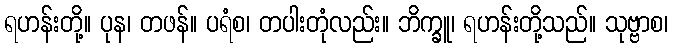
ရဟန်းတို့။ ပုန၊ တဖန်။ ပရံစ၊ တပါးတုံလည်း။ ဘိက္ခူ၊ ရဟန်းတို့သည်။ သုဗ္ဗာစ၊